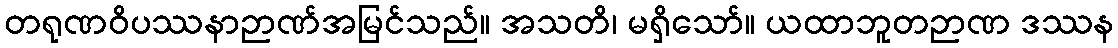
တရုဏဝိပဿနာဉာဏ်အမြင်သည်။ အသတိ၊ မရှိသော်။ ယထာဘူတဉာဏ ဒဿန